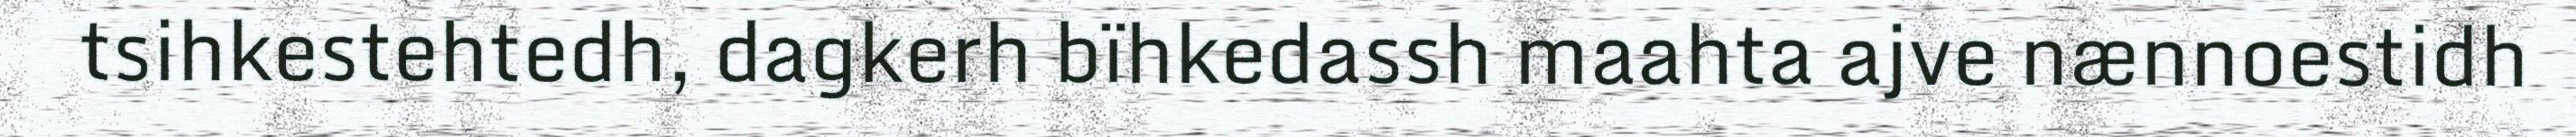
tsihkestehtedh, dagkerh bïhkedassh maahta ajve nænnoestidh